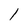
Character: l